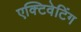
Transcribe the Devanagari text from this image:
एक्टिवेटिंग